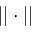
| | \cdot | |